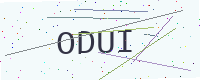
Text: ODUI